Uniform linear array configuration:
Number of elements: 8
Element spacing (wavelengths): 0.75
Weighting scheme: exponential
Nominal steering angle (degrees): -30
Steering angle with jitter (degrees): -28.304
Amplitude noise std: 0.05
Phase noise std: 0.05

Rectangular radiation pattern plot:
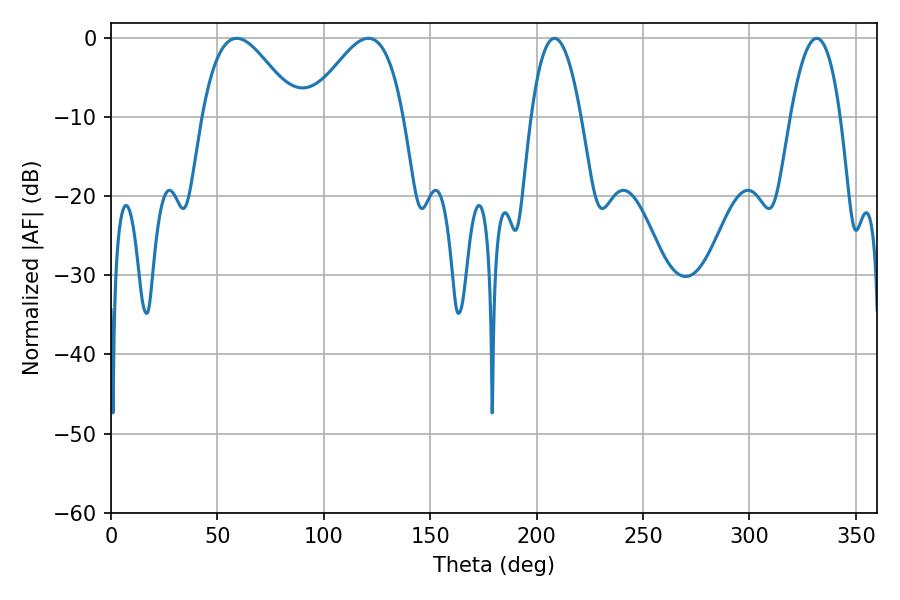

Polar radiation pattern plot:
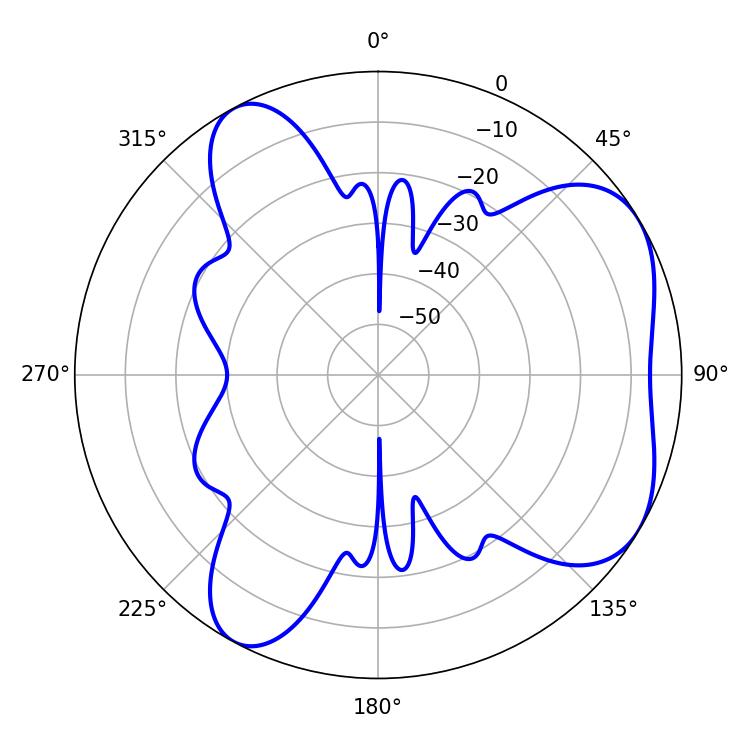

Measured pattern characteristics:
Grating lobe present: TRUE
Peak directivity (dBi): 5.387
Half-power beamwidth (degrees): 23.94
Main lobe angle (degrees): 59.04